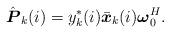
LaTeX: \begin{align*}\hat{\boldsymbol P}_k(i)=y_k^*(i)\bar{\boldsymbol x}_k(i)\boldsymbol\omega_0^H.\end{align*}